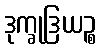
ဒုက္ခုဒြယဉ္စ